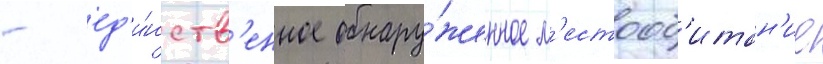
- ед'и́нств'енное обнару́женное м'естооб'итан'ие